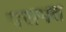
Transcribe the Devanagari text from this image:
परागत